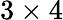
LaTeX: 3\times 4